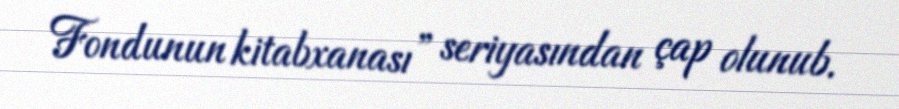
Fondunun kitabxanası” seriyasından çap olunub.